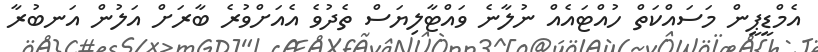
އެމްޑީޕީން މަސައްކަތް ހުއްޓައެއް ނުލާނެ ވައްޓާލިޔަސް ތެދުވެ އެއަށްވުރެ ބާރަށް އަލުން އަނބުރާ